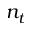
n _ { t }